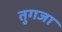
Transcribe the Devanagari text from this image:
तुगजा